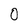
Character: O